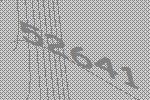
52641